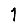
Digit: 1